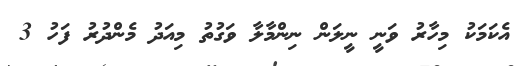
އެކަމަކު މިހާރު ވަނީ ނީލަން ނިންމާލާ ވަގުތު މިއަދު މެންދުރު ފަހު 3